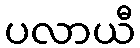
ပလာယီ